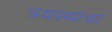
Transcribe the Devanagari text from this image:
त्रयस्थाचा